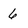
Character: 6